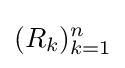
(R_{k})_{k=1}^{n}